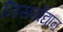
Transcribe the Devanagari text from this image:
निसर्गोद्यान